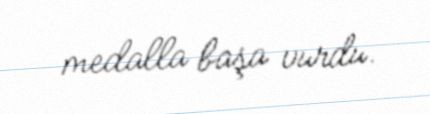
medalla başa vurdu.